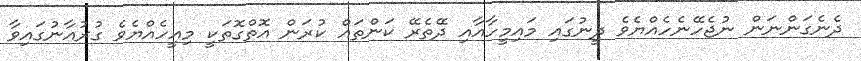
ދެނެގަންނަން ނުޖެހޭނެހެއްޔެވެ ދީނުގައި މައިމީހާއާއި ދޭތެރޭ ކަންތައް ކުރަން އޮތްގޮތަކީ މިއީހެއްޔެވެ ގުރުއާނުގައިވާ